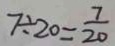
7 \div 2 0 = \frac { 7 } { 2 0 }